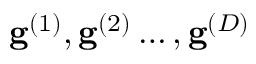
\mathbf { g } ^ { ( 1 ) } , \mathbf { g } ^ { ( 2 ) } \ldots , \mathbf { g } ^ { ( D ) }